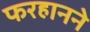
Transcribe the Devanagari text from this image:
फरहानने